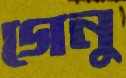
গেনু